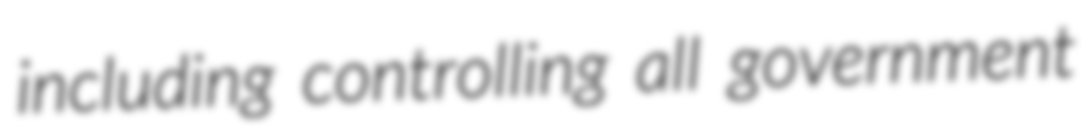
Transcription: including controlling all government